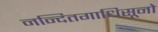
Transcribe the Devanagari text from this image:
नन्दितगाधिसूनो